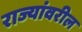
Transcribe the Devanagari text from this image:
राज्यांवरील